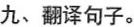
九、翻译句子。